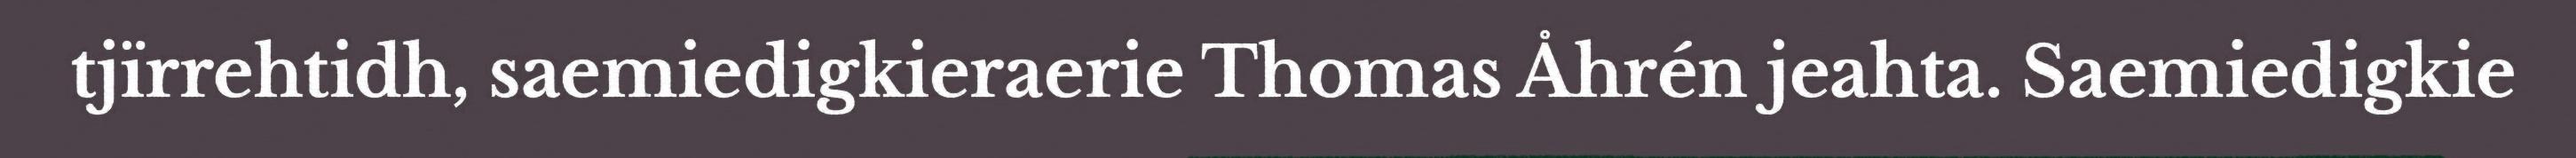
tjïrrehtidh, saemiedigkieraerie Thomas Åhrén jeahta. Saemiedigkie